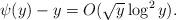
LaTeX: \begin{align*}\psi(y)-y=O(\sqrt{y}\log^2 y).\end{align*}